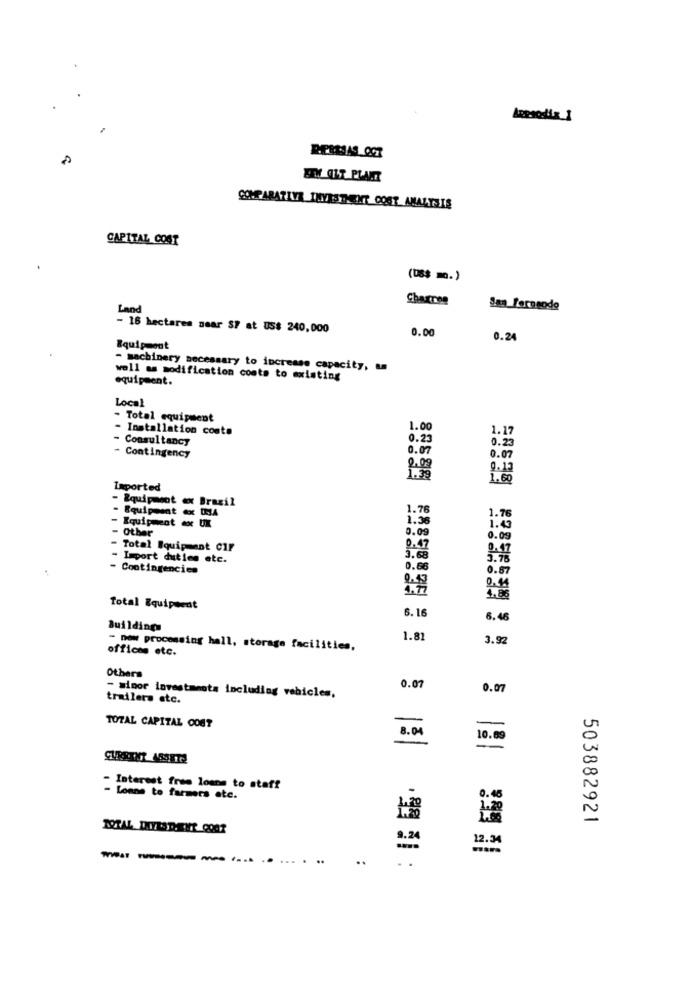
Appsodis 1
EEN GUT PLANT
COMPARATIVA IHYRSTHEENT COST ANALYSIS
CAPITAL COST
(08$ m.)
Charron
Land
San Terasode
- 16 hectares near SP at US$ 240,000
0.00
0.24
Equipment
- machinery necessary to increase capacity, an
well as modification costs to existing
equipment.
Local
- Total equipment
- Installation costa
1.00
1.17
Consultancy
0.23
0.23
0.07
- Contingency
0.07
2.09
0.13
1.75
1.60
Imported
- Equipasot ex Brazil
- Equipment ex JA
1.76
1.76
- Equipment ex UK
1.36
Other
0.09
1.43
0.09
Total Equipment CIF
0.47
0.47
Import duties etc.
5.68
- Contingencies
0.66
0.87
0.44
4.86
Total Equipment
6.16
6.46
Buildings
1.81
3.92
offices etc.
- now processing hall, storage facilities,
Others
0.07
0.07
trailers etc.
- minor investments including vehicles,
TOTAL CAPITAL COST
8.04
10.00
- Interest free loans to staff
- Loane to farmers etc.
0.45
503882921
9. 24
12.34
.